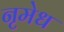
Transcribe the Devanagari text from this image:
नृमेध